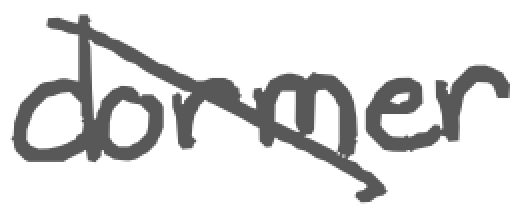
Text: dormer
Cross-out: diagonal
Writing tool: digital_gray